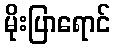
မိုးပြာရောင်